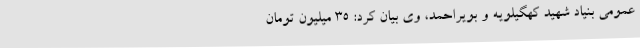
عمومی بنیاد شهید کهگیلویه و بویراحمد، وی بیان کرد: 35 میلیون تومان